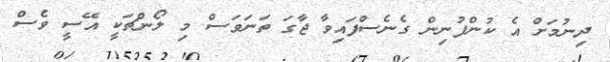
ދިނުމަށް އެ ކުންފުނިން ގެނެސްފައިވާ ޖާގަ ތަނަވަސް މި ލޯންޗަކީ އޭސީ ވެސް